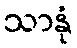
သာနုံ